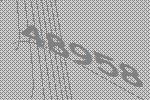
48958